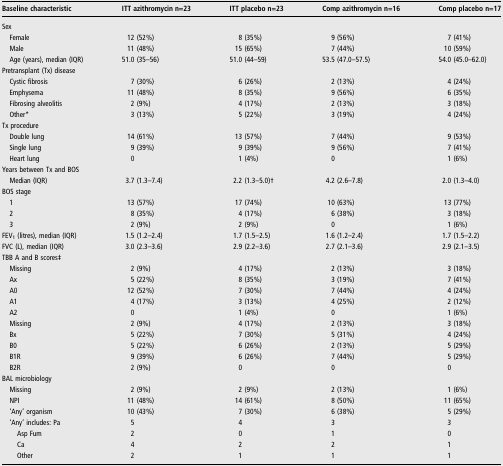
<table><thead><tr><td><b>Baseline characteristic</b></td><td><b>ITT azithromycin n=23</b></td><td><b>ITT placebo n=23</b></td><td><b>Comp azithromycin n=16</b></td><td><b>Comp placebo n=17</b></td></tr></thead><tbody><tr><td colspan="5">Sex</td></tr><tr><td> Female</td><td>12 (52%)</td><td>8 (35%)</td><td>9 (56%)</td><td>7 (41%)</td></tr><tr><td> Male</td><td>11 (48%)</td><td>15 (65%)</td><td>7 (44%)</td><td>10 (59%)</td></tr><tr><td> Age (years), median (IQR)</td><td>51.0 (35–56)</td><td>51.0 (44–59)</td><td>53.5 (47.0–57.5)</td><td>54.0 (45.0–62.0)</td></tr><tr><td colspan="5">Pretransplant (Tx) disease</td></tr><tr><td> Cystic fibrosis</td><td>7 (30%)</td><td>6 (26%)</td><td>2 (13%)</td><td>4 (24%)</td></tr><tr><td> Emphysema</td><td>11 (48%)</td><td>8 (35%)</td><td>9 (56%)</td><td>6 (35%)</td></tr><tr><td> Fibrosing alveolitis</td><td>2 (9%)</td><td>4 (17%)</td><td>2 (13%)</td><td>3 (18%)</td></tr><tr><td> Other*</td><td>3 (13%)</td><td>5 (22%)</td><td>3 (19%)</td><td>4 (24%)</td></tr><tr><td colspan="5">Tx procedure</td></tr><tr><td> Double lung</td><td>14 (61%)</td><td>13 (57%)</td><td>7 (44%)</td><td>9 (53%)</td></tr><tr><td> Single lung</td><td>9 (39%)</td><td>9 (39%)</td><td>9 (56%)</td><td>7 (41%)</td></tr><tr><td> Heart lung</td><td>0</td><td>1 (4%)</td><td>0</td><td>1 (6%)</td></tr><tr><td colspan="5">Years between Tx and BOS</td></tr><tr><td> Median (IQR)</td><td>3.7 (1.3–7.4)</td><td>2.2 (1.3–5.0)†</td><td>4.2 (2.6–7.8)</td><td>2.0 (1.3–4.0)</td></tr><tr><td colspan="5">BOS stage</td></tr><tr><td> 1</td><td>13 (57%)</td><td>17 (74%)</td><td>10 (63%)</td><td>13 (77%)</td></tr><tr><td> 2</td><td>8 (35%)</td><td>4 (17%)</td><td>6 (38%)</td><td>3 (18%)</td></tr><tr><td> 3</td><td>2 (9%)</td><td>2 (9%)</td><td>0</td><td>1 (6%)</td></tr><tr><td>FEV<sub>1</sub> (litres), median (IQR)</td><td>1.5 (1.2–2.4)</td><td>1.7 (1.5–2.5)</td><td>1.6 (1.2–2.4)</td><td>1.7 (1.5–2.2)</td></tr><tr><td>FVC (L), median (IQR)</td><td>3.0 (2.3–3.6)</td><td>2.9 (2.2–3.6)</td><td>2.7 (2.1–3.6)</td><td>2.9 (2.1–3.5)</td></tr><tr><td colspan="5">TBB A and B scores‡</td></tr><tr><td> Missing</td><td>2 (9%)</td><td>4 (17%)</td><td>2 (13%)</td><td>3 (18%)</td></tr><tr><td> Ax</td><td>5 (22%)</td><td>8 (35%)</td><td>3 (19%)</td><td>7 (41%)</td></tr><tr><td> A0</td><td>12 (52%)</td><td>7 (30%)</td><td>7 (44%)</td><td>4 (24%)</td></tr><tr><td> A1</td><td>4 (17%)</td><td>3 (13%)</td><td>4 (25%)</td><td>2 (12%)</td></tr><tr><td> A2</td><td>0</td><td>1 (4%)</td><td>0</td><td>1 (6%)</td></tr><tr><td> Missing</td><td>2 (9%)</td><td>4 (17%)</td><td>2 (13%)</td><td>3 (18%)</td></tr><tr><td> Bx</td><td>5 (22%)</td><td>7 (30%)</td><td>5 (31%)</td><td>4 (24%)</td></tr><tr><td> B0</td><td>5 (22%)</td><td>6 (26%)</td><td>2 (13%)</td><td>5 (29%)</td></tr><tr><td> B1R</td><td>9 (39%)</td><td>6 (26%)</td><td>7 (44%)</td><td>5 (29%)</td></tr><tr><td> B2R</td><td>2 (9%)</td><td>0</td><td>0</td><td>0</td></tr><tr><td colspan="5">BAL microbiology</td></tr><tr><td> Missing</td><td>2 (9%)</td><td>2 (9%)</td><td>2 (13%)</td><td>1 (6%)</td></tr><tr><td> NPI</td><td>11 (48%)</td><td>14 (61%)</td><td>8 (50%)</td><td>11 (65%)</td></tr><tr><td> ‘Any’ organism</td><td>10 (43%)</td><td>7 (30%)</td><td>6 (38%)</td><td>5 (29%)</td></tr><tr><td> ‘Any’ includes: Pa</td><td>5</td><td>4</td><td>3</td><td>3</td></tr><tr><td>Asp Fum</td><td>2</td><td>0</td><td>1</td><td>0</td></tr><tr><td>Ca</td><td>4</td><td>2</td><td>2</td><td>1</td></tr><tr><td>Other</td><td>2</td><td>1</td><td>1</td><td>1</td></tr></tbody></table>